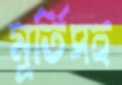
মূর্তিসহ